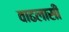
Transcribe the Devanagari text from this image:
वाढलासी